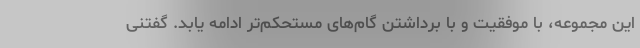
این مجموعه، با موفقیت و با برداشتن گام‌های مستحکم‌تر ادامه یابد. گفتنی